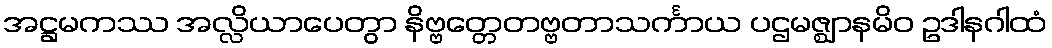
အဋ္ဌမကဿ အလ္လိယာပေတွာ နိဗ္ဗတ္တေတဗ္ဗတာသင်္ကာယ ပဌမဇ္ဈာနမိဝ ဥဒါနဂါထံ